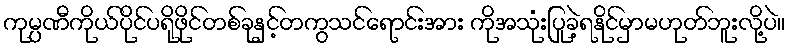
ကုမ္ပဏီကိုယ်ပိုင်ပရိုဖိုင်တစ်ခုနှင့်တကွသင်ရောင်းအား ကိုအသုံးပြုခဲ့ရနိုင်မှာမဟုတ်ဘူးလို့ပဲ။